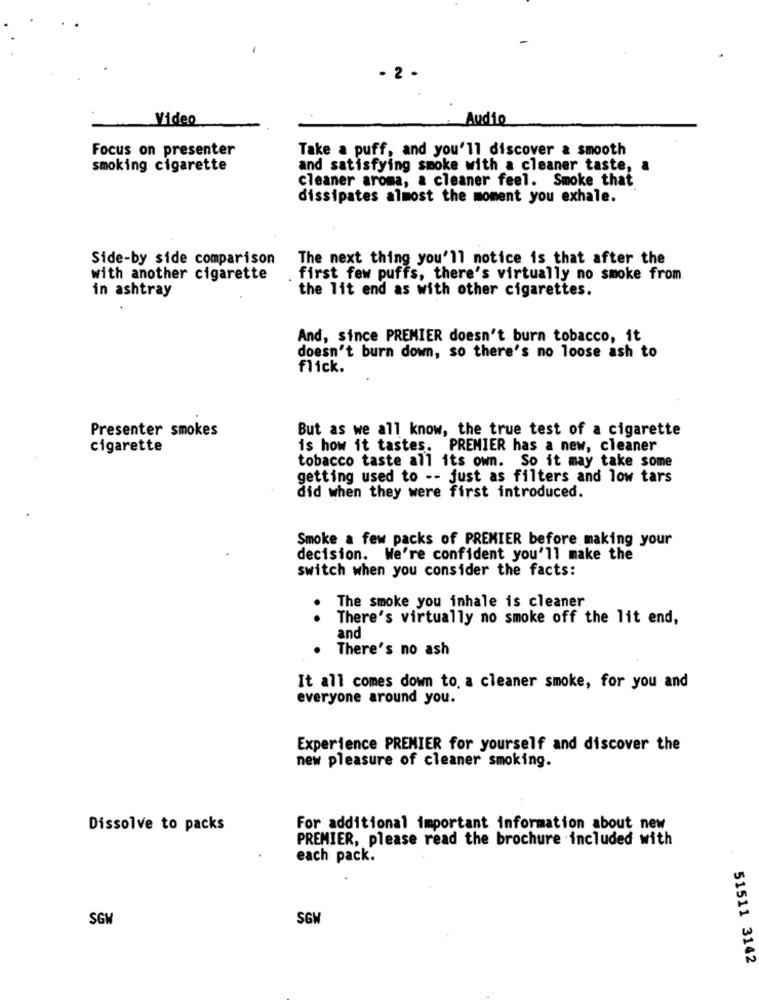
- 2 -
Video
Audio
Focus on presenter
Take a puff, and you'll discover & smooth
smoking cigarette
and satisfying smoke with a cleaner taste, a
cleaner aroma, a cleaner feel. Smoke that
dissipates almost the moment you exhale.
Side-by side comparison
The next thing you'll notice is that after the
with another cigarette
first few puffs, there's virtually no smoke from
in ashtray
the lit end as with other cigarettes.
And, since PREMIER doesn't burn tobacco, it
doesn't burn down, so there's no loose ash to
flick.
Presenter smokes
But as we all know, the true test of a cigarette
cigarette
is how it tastes. PREMIER has a new, cleaner
tobacco taste all its own. So it may take some
getting used to -- just as filters and low tars
did when they were first introduced.
Smoke a few packs of PREMIER before making your
decision. We're confident you'll make the
switch when you consider the facts:
The smoke you inhale is cleaner
There's virtually no smoke off the lit end,
and
There's no ash
It all comes down to. a cleaner smoke, for you and
everyone around you.
Experience PREMIER for yourself and discover the
new pleasure of cleaner smoking.
Dissolve to packs
For additional important information about new
PREMIER, please read the brochure included with
each pack.
SGW
SGM
51511 3142